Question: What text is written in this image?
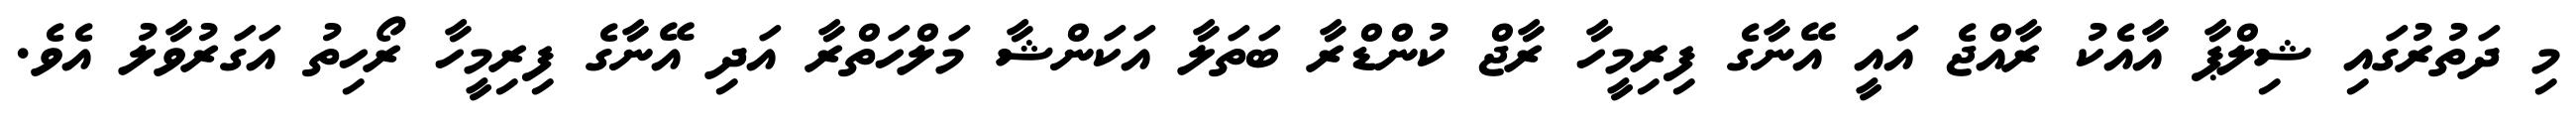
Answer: މި ދަތުރުގައި ޝިލްޕާ އާއެކު ރާއްޖެ އައީ އޭނާގެ ފިރިމީހާ ރާޖް ކުންޑްރާ ބަތަލާ އަކަންޝާ މަލްހަތްރާ އަދި އޭނާގެ ފިރިމީހާ ރޯހިތު އަގަރުވާލު އެވެ.